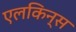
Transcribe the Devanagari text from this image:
एलकिन्स